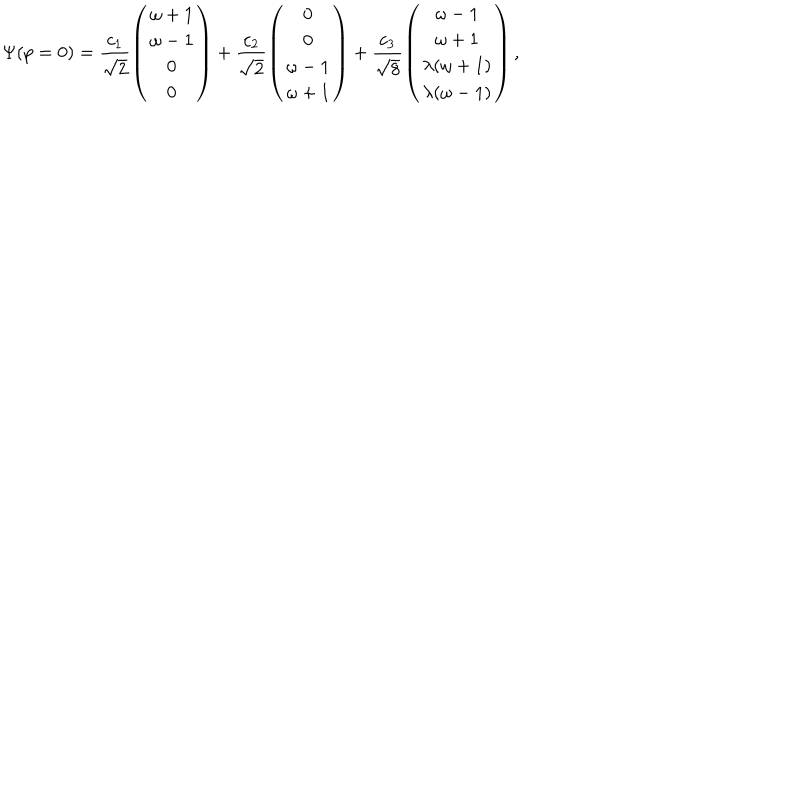
\Psi ( p = 0 ) = \frac { c _ { 1 } } { \sqrt 2 } \left( \begin{array} { c } { { \omega + 1 } } \\ { { \omega - 1 } } \\ { { 0 } } \\ { { 0 } } \\ \end{array} \right) + \frac { c _ { 2 } } { \sqrt 2 } \left( \begin{array} { c } { { 0 } } \\ { { 0 } } \\ { { \omega - 1 } } \\ { { \omega + 1 } } \\ \end{array} \right) + \frac { c _ { 3 } } { \sqrt 8 } \left( \begin{array} { c } { { \omega - 1 } } \\ { { \omega + 1 } } \\ { { \lambda ( \omega + 1 ) } } \\ { { \lambda ( \omega - 1 ) } } \\ \end{array} \right) ,